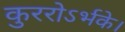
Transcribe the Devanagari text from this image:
कुररोऽर्भके।